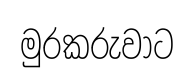
මුරකරුවාට